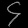
Digit: ၄